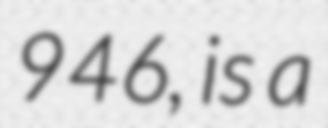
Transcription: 946, is a